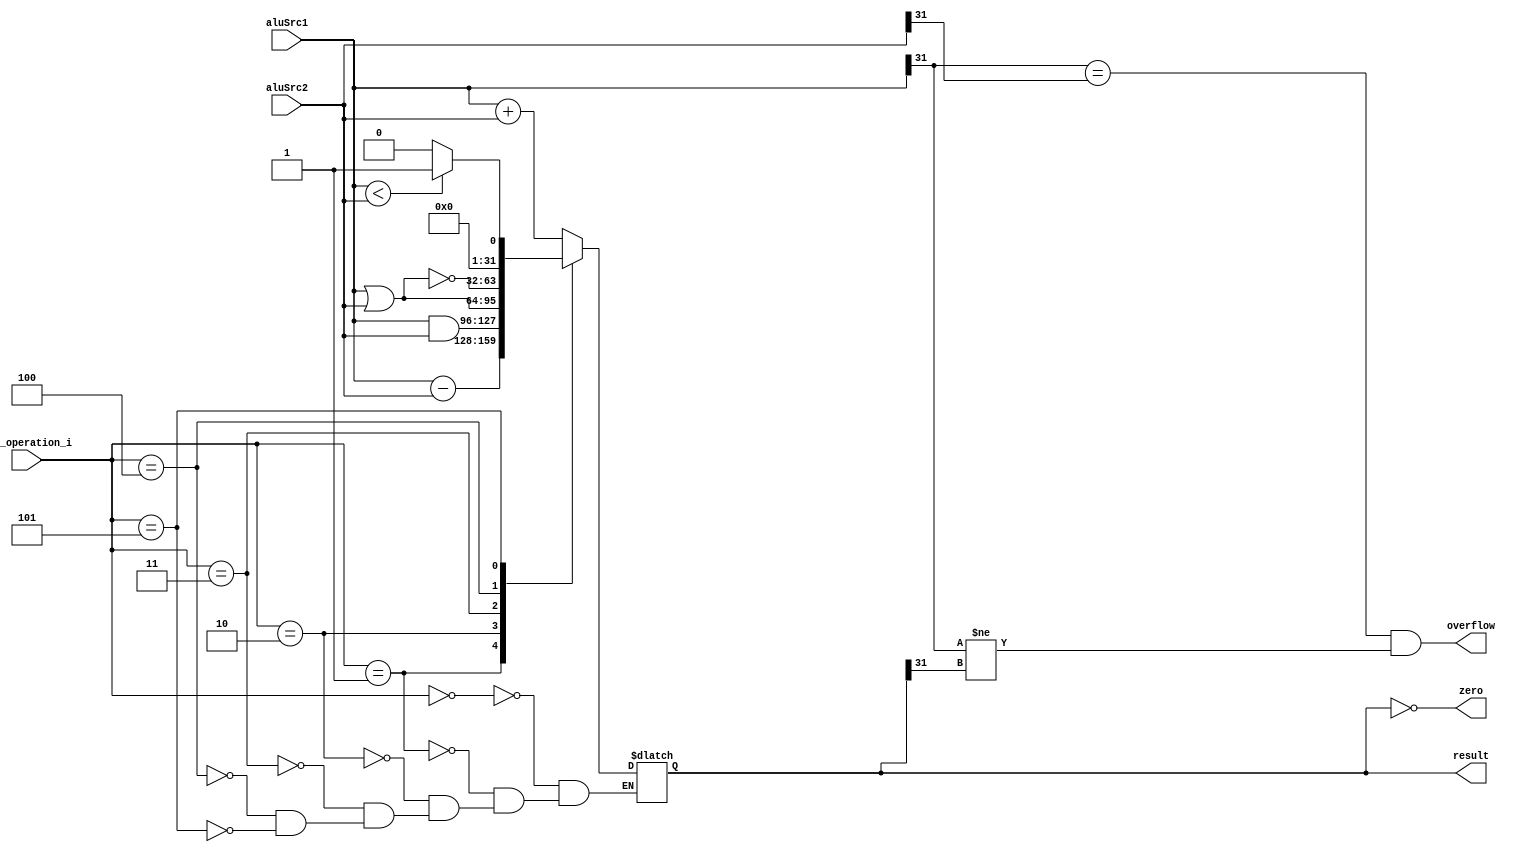
module ALU( aluSrc1, aluSrc2, ALU_operation_i, result, zero, overflow );

//I/O ports 
input signed	[32-1:0] aluSrc1;
input signed	[32-1:0] aluSrc2;
input	 [4-1:0] ALU_operation_i;

output	[32-1:0] result;
output			 zero;
output			 overflow;

//Internal Signals
wire			 zero;
wire			 overflow;
reg	[32-1:0] result;

//Main function
/*your code here*/
assign zero = (result == 0);
assign overflow = (aluSrc1[31]==aluSrc2[31] & aluSrc1[31]!=result[31]);

always @ (aluSrc1, aluSrc2, ALU_operation_i) begin
    $display(ALU_operation_i);
    $display(aluSrc1);
    $display(aluSrc2);
    case(ALU_operation_i)
		4'b0000: result <= aluSrc1 + aluSrc2;
		4'b0001: result <= aluSrc1 - aluSrc2;
		4'b0010: result <= aluSrc1 & aluSrc2;
		4'b0011: result <= aluSrc1 | aluSrc2;
		4'b0100: result <= ~(aluSrc1 | aluSrc2);
		4'b0101: result <= (aluSrc1 < aluSrc2) ? 1 : 0;
	endcase
    
end

endmodule